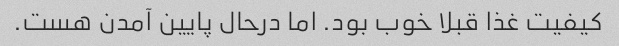
کیفیت غذا قبلا خوب بود. اما درحال پایین آمدن هست.